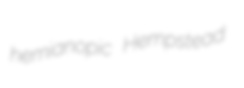
hemianopic Hempstead